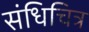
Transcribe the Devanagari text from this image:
संधिचित्र